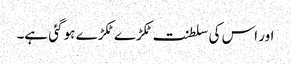
اور اس کی سلطنت ٹکڑے ٹکڑے ہو گئی ہے۔